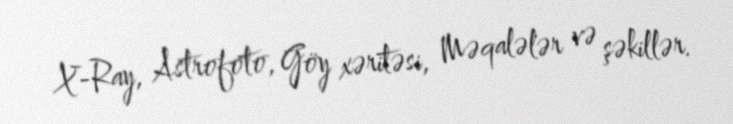
X-Ray, Astrofoto, Göy xəritəsi, Məqalələr və şəkillər.